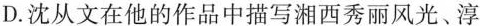
D.沈从文在他的作品中描写湘西秀丽风光、淳